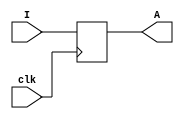
module regnbit(I, clk, A);
parameter n = 8;
input [n-1:0] I;
input clk;
output reg [n-1:0]A;
always @(posedge clk) begin
    A<=I;
end
endmodule